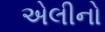
એલીનો